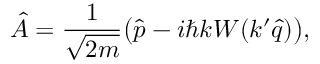
\hat { A } = \frac { 1 } { \sqrt { 2 m } } \big ( \hat { p } - i \hbar k W ( k ^ { \prime } \hat { q } ) \big ) ,